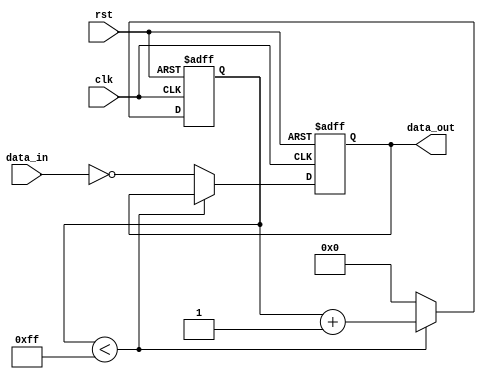
module inverter_delay (
    input wire clk,
    input wire rst,
    input wire data_in,
    output reg data_out
);

reg [7:0] delay_count;

always @(posedge clk or posedge rst) begin
    if (rst) begin
        delay_count <= 8'b0;
        data_out <= 1'b0;
    end else begin
        if (delay_count < 8'hFF) begin
            delay_count <= delay_count + 1;
        end else begin
            data_out <= ~data_in;
            delay_count <= 8'b0;
        end
    end
end

endmodule